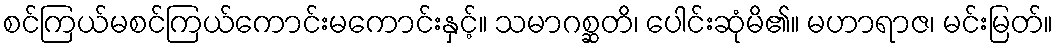
စင်ကြယ်မစင်ကြယ်ကောင်းမကောင်းနှင့်။ သမာဂစ္ဆတိ၊ ပေါင်းဆုံမိ၏။ မဟာရာဇ၊ မင်းမြတ်။